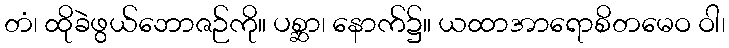
တံ၊ ထိုခဲဖွယ်ဘောဇဉ်ကို။ ပစ္ဆာ၊ နောက်၌။ ယထာအာရောစိတမေဝ ဝါ၊